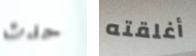
حدث أغلقته